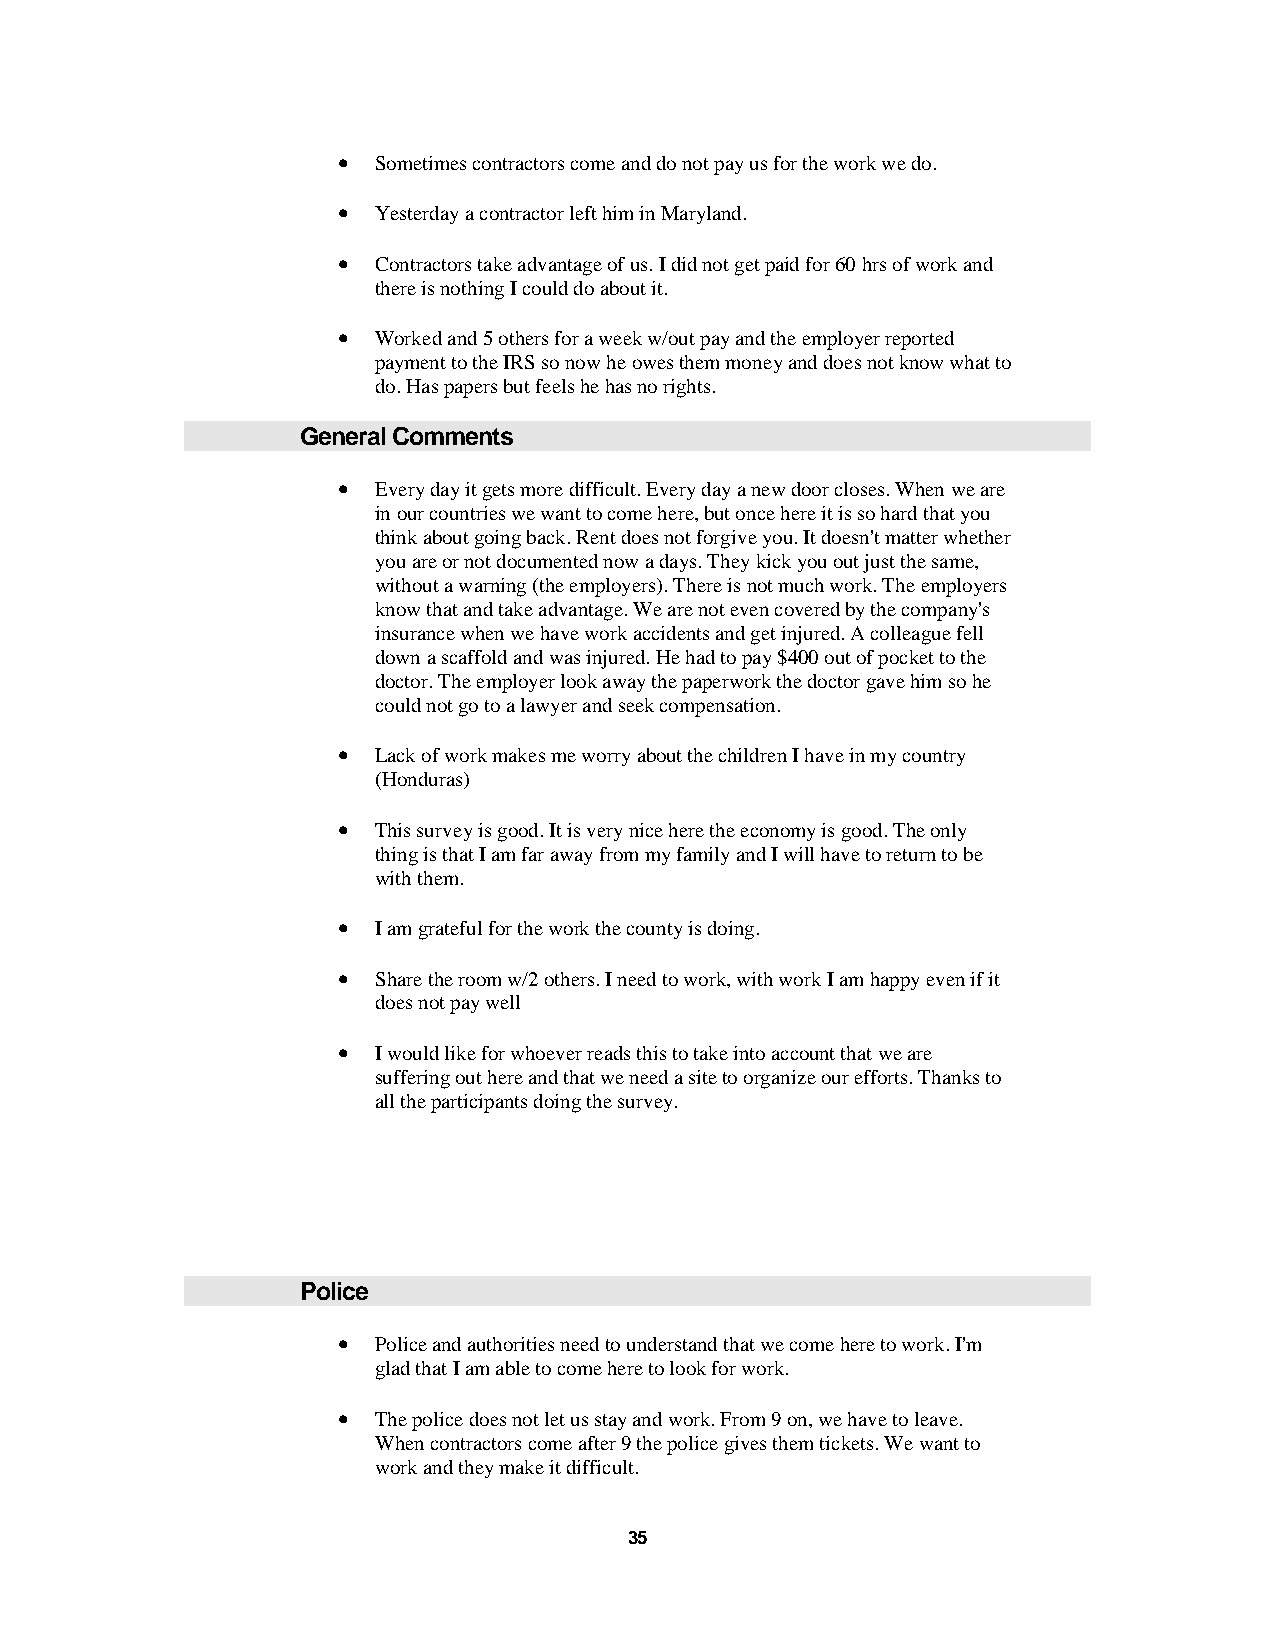
•  Sometimes contractors come and do not pay us for the work we do.
 •  Yesterday a contractor left him in Maryland.
 •  Contractors take advantage of us. I did not get paid for 60 hrs of work and
 there is nothing I could do about it.
 •  Worked and 5 others for a week w/out pay and the employer reported
 payment to the IRS so now he owes them money and does not know what to
 do. Has papers but feels he has no rights.
 General Comments
 •  Every day it gets more difficult. Every day a new door closes. When we are
 in our countries we want to come here, but once here it is so hard that you
 think about going back. Rent does not forgive you. It doesn't matter whether
 you are or not documented now a days. They kick you out just the same,
 without a warning (the employers). There is not much work. The employers
 know that and take advantage. We are not even covered by the company's
 insurance when we have work accidents and get injured. A colleague fell
 down a scaffold and was injured. He had to pay $400 out of pocket to the
 doctor. The employer look away the paperwork the doctor gave him so he
 could not go to a lawyer and seek compensation.
 •  Lack of work makes me worry about the children I have in my country
 (Honduras)
 •  This survey is good. It is very nice here the economy is good. The only
 thing is that I am far away from my family and I will have to return to be
 with them.
 •  I am grateful for the work the county is doing.
 •  Share the room w/2 others. I need to work, with work I am happy even if it
 does not pay well
 •  I would like for whoever reads this to take into account that we are
 suffering out here and that we need a site to organize our efforts. Thanks to
 all the participants doing the survey.
 Police
 •  Police and authorities need to understand that we come here to work. I'm
 glad that I am able to come here to look for work.
 •  The police does not let us stay and work. From 9 on, we have to leave.
 When contractors come after 9 the police gives them tickets. We want to
 work and they make it difficult.
 35